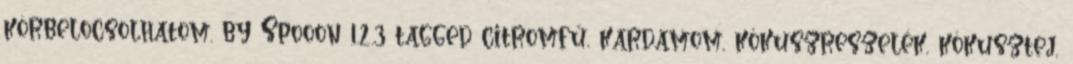
körbelocsolhatom. by Spooon 1.2.3 tagged citromfű, kardamom, kókuszreszelék, kókusztej,